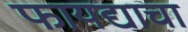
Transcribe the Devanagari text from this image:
फायद्याचा